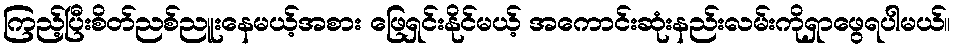
ကြည့်ပြီးစိတ်ညစ်ညူးနေမယ့်အစား ဖြေရှင်းနိုင်မယ့် အကောင်းဆုံးနည်းလမ်းကိုရှာဖွေရပါမယ်။